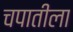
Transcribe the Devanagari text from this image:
चपातीला